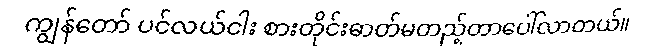
ကျွန်တော် ပင်လယ်ငါး စားတိုင်းဓာတ်မတည့်တာပေါ်လာတယ်။